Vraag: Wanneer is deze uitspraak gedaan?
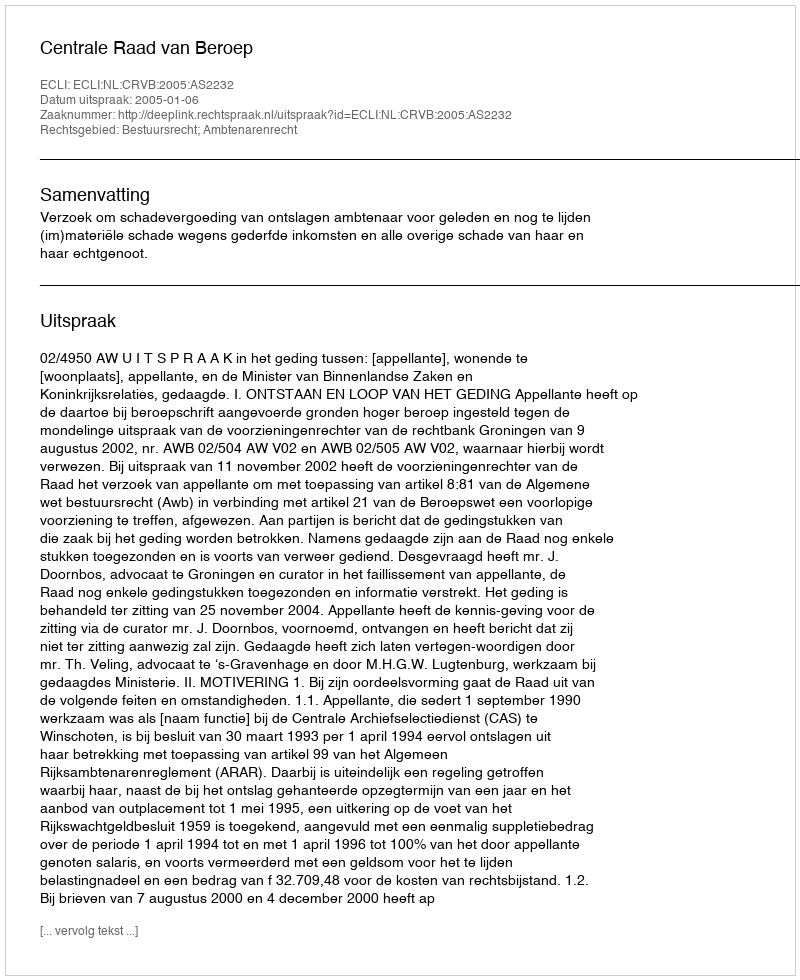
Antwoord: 2005-01-06